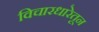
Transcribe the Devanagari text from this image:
विचारधारेतून